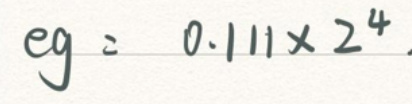
$eg = 0.111\times 2^{4}$